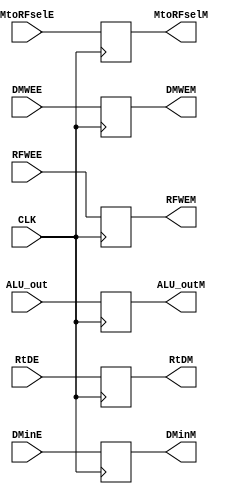
`timescale 1ns / 1ps
//////////////////////////////////////////////////////////////////////////////////
// Company: 
// Engineer: 
// 
// Design Name: 
// Module Name: Pipe_Mem
// Project Name: 
// Target Devices: 
// Tool Versions: 
// Description: 
// 
// Dependencies: 
// 
// Revision:
// Revision 0.01 - File Created
// Additional Comments:
// 
//////////////////////////////////////////////////////////////////////////////////


module Pipe_Mem(

    input CLK,
    input  RFWEE,
    input  DMWEE,
    input  MtoRFselE,
    
    output reg  RFWEM,
    output reg  DMWEM,
    output reg  MtoRFselM,

    input [31:0] ALU_out,
    output reg [31:0] ALU_outM,
    
    input [31:0] DMinE,
    output reg [31:0] DMinM,
    
    input [4:0]  RtDE,
    output reg [4:0]  RtDM
    

    );
    
     always @(posedge CLK) begin
     
    RFWEM <= RFWEE;                
    DMWEM <= DMWEE;        
    MtoRFselM <= MtoRFselE;    
    ALU_outM <= ALU_out;
    DMinM <= DMinE;
    RtDM<= RtDE;
    end 
    
//     always @(negedge CLK) begin
    
//     RFWEM <= RFWEE;                
//    DMWEM <= DMWEE;        
//    MtoRFselM <= MtoRFselE;    
//    ALU_outM <= ALU_out;
//    DMinM <= DMinE;
//    RtDM<= RtDE;
    
    
//    end
    
    
    endmodule